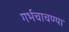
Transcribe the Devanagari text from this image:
गर्भचाचण्या